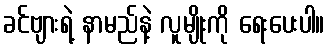
ခင်ဗျားရဲ့ နာမည်နဲ့ လူမျိုးကို ရေးပေးပါ။